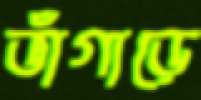
ভাঁগাড়ে